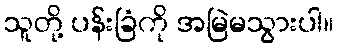
သူတို့ ပန်းခြံကို အမြဲမသွားပါ။